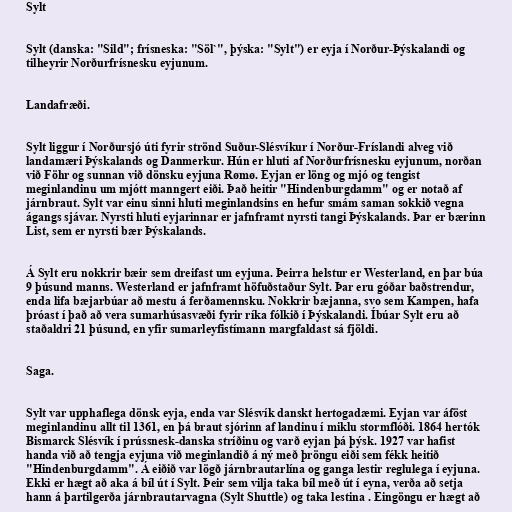
Sylt

Sylt (danska: "Sild"; frísneska: "Söl`", þýska: "Sylt") er eyja í Norður-Þýskalandi og
tilheyrir Norðurfrísnesku eyjunum.

Landafræði.

Sylt liggur í Norðursjó úti fyrir strönd Suður-Slésvíkur í Norður-Fríslandi alveg við
landamæri Þýskalands og Danmerkur. Hún er hluti af Norðurfrísnesku eyjunum, norðan
við Föhr og sunnan við dönsku eyjuna Rømø. Eyjan er löng og mjó og tengist
meginlandinu um mjótt manngert eiði. Það heitir "Hindenburgdamm" og er notað af
járnbraut. Sylt var einu sinni hluti meginlandsins en hefur smám saman sokkið vegna
ágangs sjávar. Nyrsti hluti eyjarinnar er jafnframt nyrsti tangi Þýskalands. Þar er bærinn
List, sem er nyrsti bær Þýskalands.

Á Sylt eru nokkrir bæir sem dreifast um eyjuna. Þeirra helstur er Westerland, en þar búa
9 þúsund manns. Westerland er jafnframt höfuðstaður Sylt. Þar eru góðar baðstrendur,
enda lifa bæjarbúar að mestu á ferðamennsku. Nokkrir bæjanna, svo sem Kampen, hafa
þróast í það að vera sumarhúsasvæði fyrir ríka fólkið í Þýskalandi. Íbúar Sylt eru að
staðaldri 21 þúsund, en yfir sumarleyfistímann margfaldast sá fjöldi.

Saga.

Sylt var upphaflega dönsk eyja, enda var Slésvík danskt hertogadæmi. Eyjan var áföst
meginlandinu allt til 1361, en þá braut sjórinn af landinu í miklu stormflóði. 1864 hertók
Bismarck Slésvík í prússnesk-danska stríðinu og varð eyjan þá þýsk. 1927 var hafist
handa við að tengja eyjuna við meginlandið á ný með þröngu eiði sem fékk heitið
"Hindenburgdamm". Á eiðið var lögð járnbrautarlína og ganga lestir reglulega í eyjuna.
Ekki er hægt að aka á bíl út í Sylt. Þeir sem vilja taka bíl með út í eyna, verða að setja
hann á þartilgerða járnbrautarvagna (Sylt Shuttle) og taka lestina . Eingöngu er hægt að